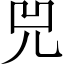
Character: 兕